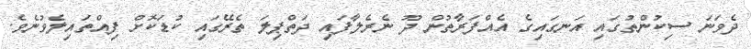
ދެވަނަ ސިކުންތުގައި އަނގައިގެ އެއްފަރާތުން ދޫ ނެރެލާފައި ދަތްޕިލަ ތެރޭގައި ކުޑަކޮށް ފިއްތައިލެވުނެވެ.